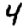
Digit: 4